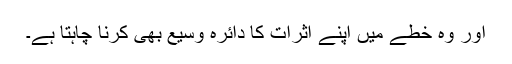
اور وہ خطے میں اپنے اثرات کا دائرہ وسیع بھی کرنا چاہتا ہے۔